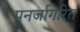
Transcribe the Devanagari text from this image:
पुनर्जागरित